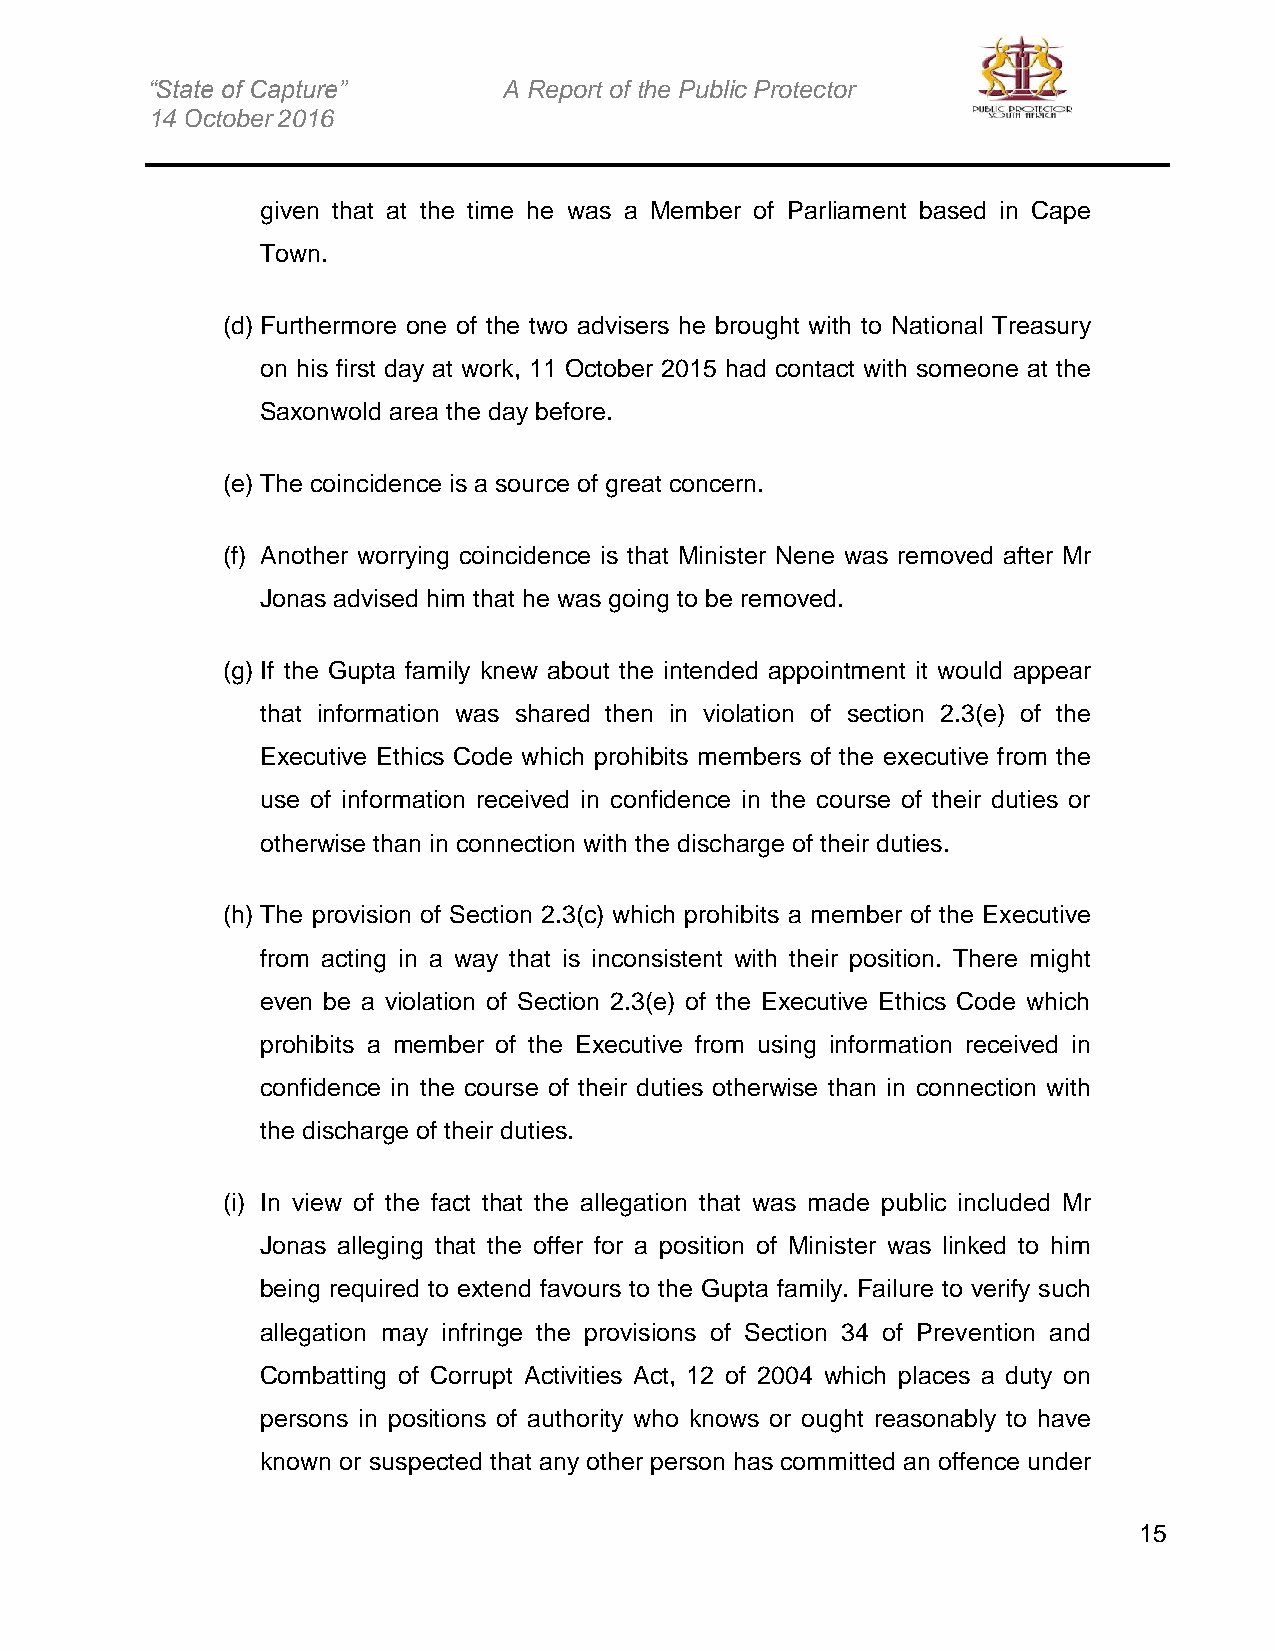
“State of Capture”     A Report of the Public Protector
 14 October 2016
 given that at the time he was a Member of Parliament based in Cape
 Town.
 (d) Furthermore one of the two advisers he brought with to National Treasury
 on his first day at work, 11 October 2015 had contact with someone at the
 Saxonwold area the day before.
 (e) The coincidence is a source of great concern.
 (f) Another worrying coincidence is that Minister Nene was removed after Mr
 Jonas advised him that he was going to be removed.
 (g) If the Gupta family knew about the intended appointment it would appear
 that information was shared then in violation of section 2.3(e) of the
 Executive Ethics Code which prohibits members of the executive from the
 use of information received in confidence in the course of their duties or
 otherwise than in connection with the discharge of their duties.
 (h) The provision of Section 2.3(c) which prohibits a member of the Executive
 from acting in a way that is inconsistent with their position. There might
 even be a violation of Section 2.3(e) of the Executive Ethics Code which
 prohibits a member of the Executive from using information received in
 confidence in the course of their duties otherwise than in connection with
 the discharge of their duties.
 (i) In view of the fact that the allegation that was made public included Mr
 Jonas alleging that the offer for a position of Minister was linked to him
 being required to extend favours to the Gupta family. Failure to verify such
 allegation may infringe the provisions of Section 34 of Prevention and
 Combatting of Corrupt Activities Act, 12 of 2004 which places a duty on
 persons in positions of authority who knows or ought reasonably to have
 known or suspected that any other person has committed an offence under
 15